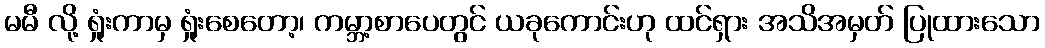
မမီ လို့ ရှုံးကာမှ ရှုံးစေတော့၊ ကမ္ဘာ့စာပေတွင် ယခုကောင်းဟု ထင်ရှား အသိအမှတ် ပြုထားသော